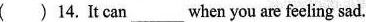
( )14. It can__ when you are feeling sad.